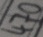
Text: 470